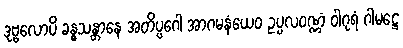
ဒုဗ္ဗလောပိ ခန္ဓသန္တာနေ အတိပ္ပဂေါ အာဂမနံယေဝ ဥပ္ပလဝဏ္ဏံ ဝါဂုရံ ဂါမဋ္ဌေ